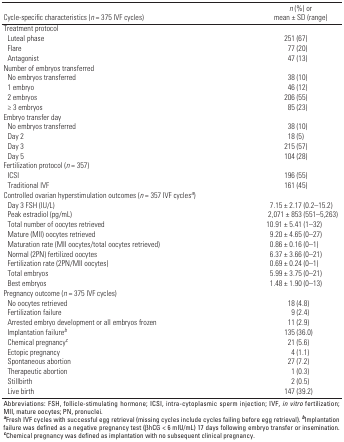
| Cycle-specific characteristics (n = 375 IVF cycles) | n (%) or mean ± SD (range) |
 | --- | --- |
 | Treatment protocol |
 | Luteal phase | 251 (67) |
 | Flare | 77 (20) |
 | Antagonist | 47 (13) |
 | Number of embryos transferred |
 | No embryos transferred | 38 (10) |
 | 1 embryo | 46 (12) |
 | 2 embryos | 206 (55) |
 | ≥ 3 embryos | 85 (23) |
 | Embryo transfer day |
 | No embryos transferred | 38 (10) |
 | Day 2 | 18 (5) |
 | Day 3 | 215 (57) |
 | Day 5 | 104 (28) |
 | Fertilization protocol (n = 357) |
 | ICSI | 196 (55) |
 | Traditional IVF | 161 (45) |
 | Controlled ovarian hyperstimulation outcomes (n = 357 IVF cyclesa) |
 | Day 3 FSH (IU/L) | 7.15 ± 2.17 (0.2–15.2) |
 | Peak estradiol (pg/mL) | 2,071 ± 853 (551–5,263) |
 | Total number of oocytes retrieved | 10.91 ± 5.41 (1–32) |
 | Mature (MII) oocytes retrieved | 9.20 ± 4.65 (0–27) |
 | Maturation rate (MII oocytes/total oocytes retrieved) | 0.86 ± 0.16 (0–1) |
 | Normal (2PN) fertilized oocytes | 6.37 ± 3.66 (0–21) |
 | Fertilization rate (2PN/MII oocytes) | 0.69 ± 0.24 (0–1) |
 | Total embryos | 5.99 ± 3.75 (0–21) |
 | Best embryos | 1.48 ± 1.90 (0–13) |
 | Pregnancy outcome (n = 375 IVF cycles) |
 | No oocytes retrieved | 18 (4.8) |
 | Fertilization failure | 9 (2.4) |
 | Arrested embryo development or all embryos frozen | 11 (2.9) |
 | Implantation failureb | 135 (36.0) |
 | Chemical pregnancyc | 21 (5.6) |
 | Ectopic pregnancy | 4 (1.1) |
 | Spontaneous abortion | 27 (7.2) |
 | Therapeutic abortion | 1 (0.3) |
 | Stillbirth | 2 (0.5) |
 | Live birth | 147 (39.2) |
 | <COLSPAN=2> Abbreviations: FSH, follicle-stimulating hormone; ICSI, intra-cytoplasmic sperm injection; IVF, in vitro fertilization; MII, mature oocytes; PN, pronuclei. aFresh IVF cycles with successful egg retrieval (missing cycles include cycles failing before egg retrieval). bImplantation failure was defined as a negative pregnancy test (βhCG < 6 mIU/mL) 17 days following embryo transfer or insemination. cChemical pregnancy was defined as implantation with no subsequent clinical pregnancy. |